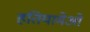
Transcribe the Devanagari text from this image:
हतियामेओ